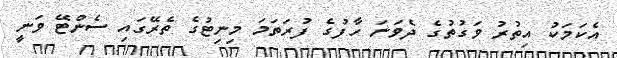
އެކަމަކު އިތުރު ވަގުތުގެ ދެވަނަ ހާފުގެ ފުރަތަމަ މިނިޓުގެ ތެރޭގައި ސެންޓޭ ވަނީ